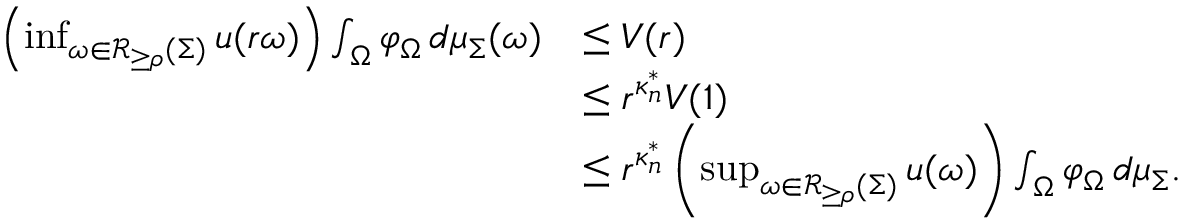
\begin{array} { r l } { \left( \operatorname* { i n f } _ { \omega \in \mathcal R _ { \geq \rho } ( \Sigma ) } u ( r \omega ) \right) \int _ { \Omega } \varphi _ { \Omega } \, d \mu _ { \Sigma } ( \omega ) } & { \leq V ( r ) } \\ & { \leq r ^ { \kappa _ { n } ^ { * } } V ( 1 ) } \\ & { \leq r ^ { \kappa _ { n } ^ { * } } \left( \operatorname* { s u p } _ { \omega \in \mathcal R _ { \geq \rho } ( \Sigma ) } u ( \omega ) \right) \int _ { \Omega } \varphi _ { \Omega } \, d \mu _ { \Sigma } . } \end{array}